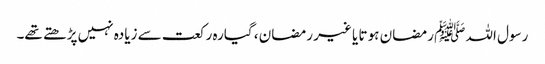
رسول اللہ ﷺ رمضان ہو تا یا غیر رمضان ، گیارہ رکعت سے زیادہ نہیں پڑھتے تھے۔